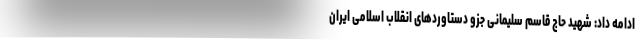
ادامه داد: شهید حاج قاسم سلیمانی جزو دستاوردهای انقلاب اسلامی ایران